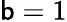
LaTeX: \mathsf{b}=1